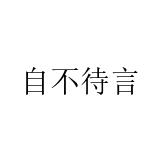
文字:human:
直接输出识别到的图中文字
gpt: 自不待言